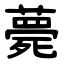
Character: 薨